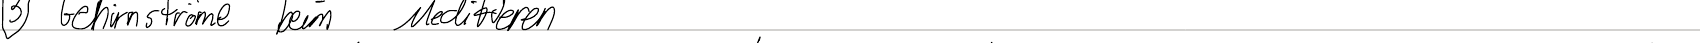
(3) Gehirnströme beim Meditieren